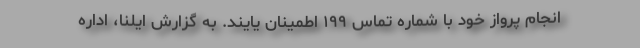
انجام پرواز خود با شماره تماس ۱۹۹ اطمینان یایند. به گزارش ایلنا، اداره